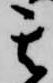
其